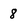
Character: 8